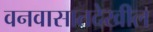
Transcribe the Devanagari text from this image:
वनवासातदेखील